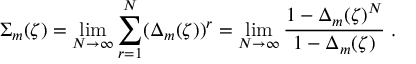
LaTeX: \Sigma _ { m } ( \zeta ) = \operatorname * { l i m } _ { N \rightarrow \infty } \sum _ { r = 1 } ^ { N } ( \Delta _ { m } ( \zeta ) ) ^ { r } = \operatorname * { l i m } _ { N \rightarrow \infty } { \frac { 1 - \Delta _ { m } ( \zeta ) ^ { N } } { 1 - \Delta _ { m } ( \zeta ) } } \; .